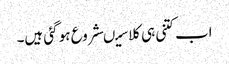
اب کتنی ہی کلاسیںشروع ہو گئی ہیں۔